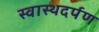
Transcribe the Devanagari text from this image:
स्वास्थदर्पण